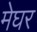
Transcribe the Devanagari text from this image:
मेघर